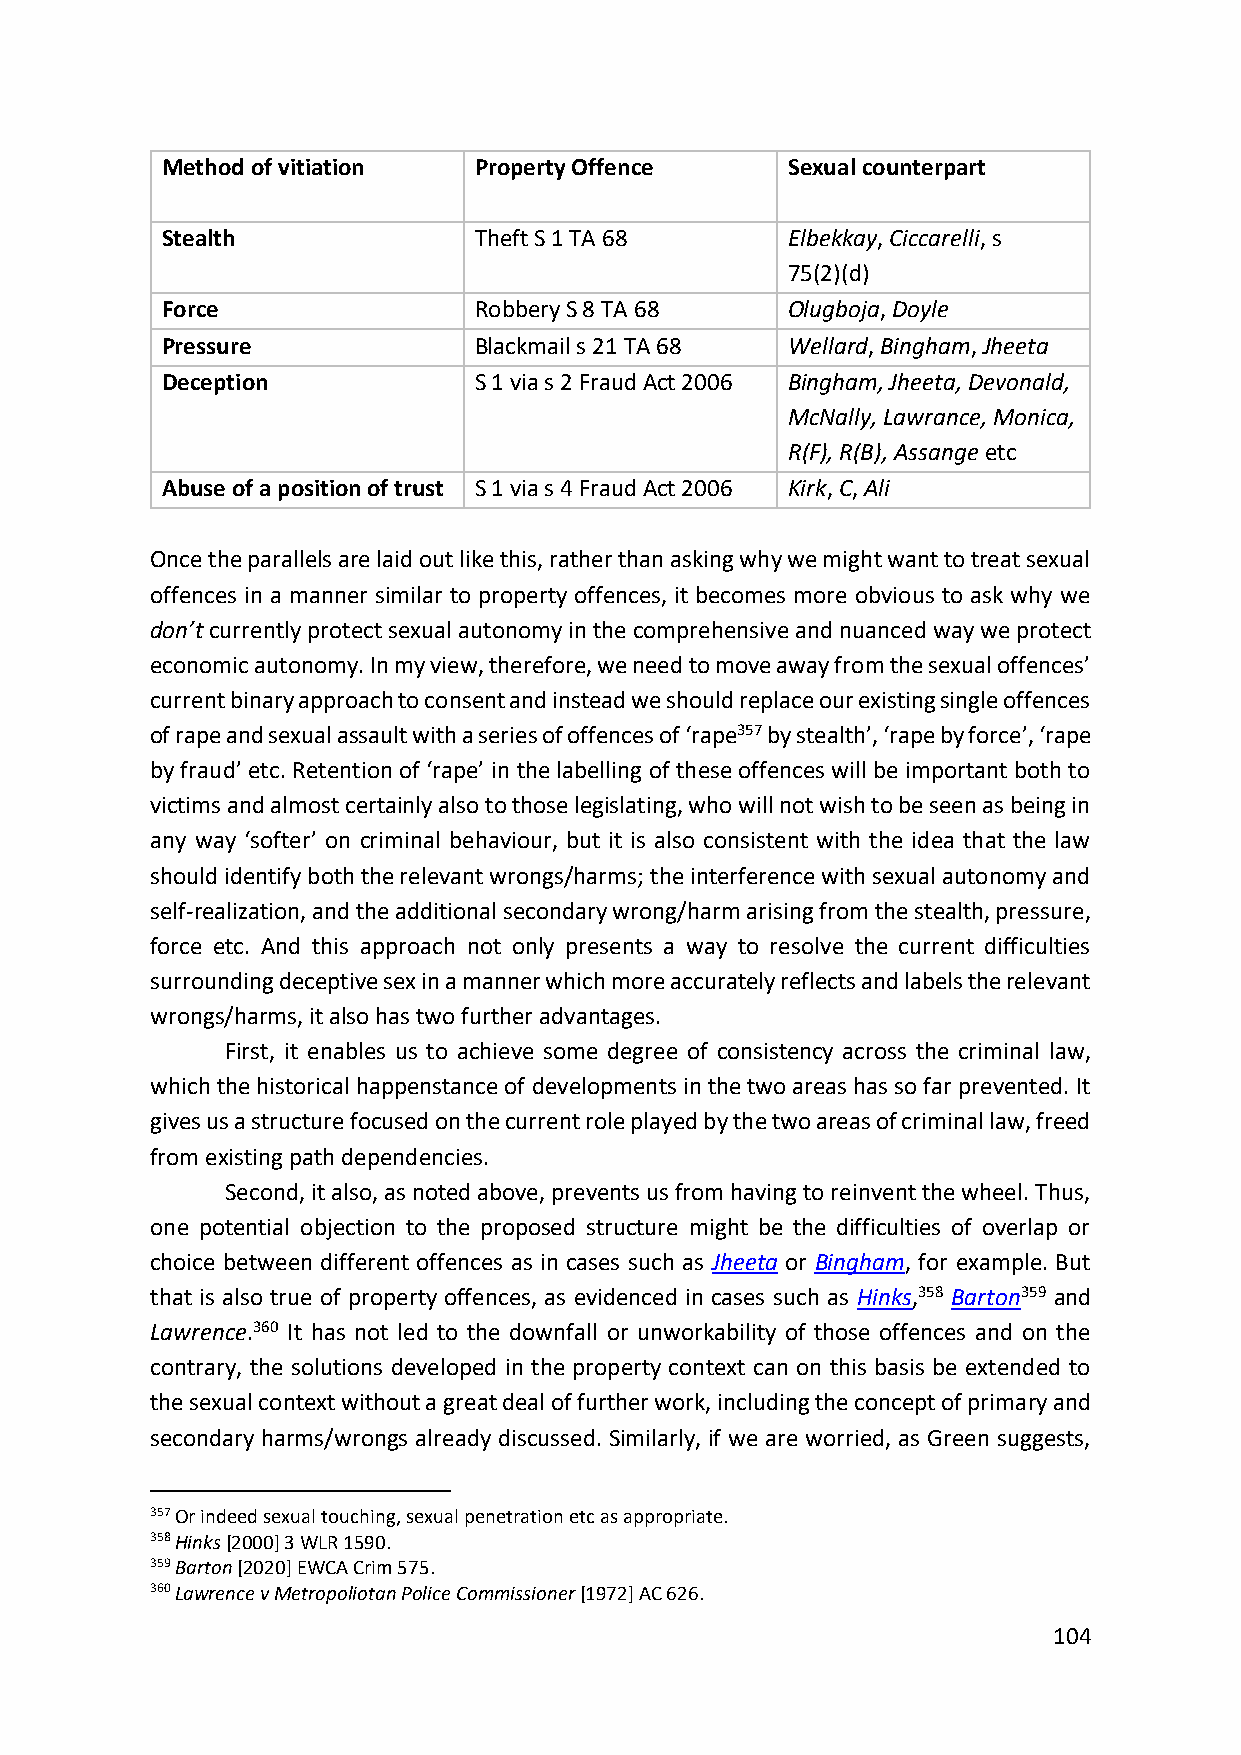
Method of vitiation Property Offence     Sexual counterpart
 Stealth             Theft S 1 TA 68      Elbekkay, Ciccarelli, s
 75(2)(d)
 Force               Robbery S 8 TA 68    Olugboja, Doyle
 Pressure            Blackmail s 21 TA 68 Wellard, Bingham, Jheeta
 Deception           S 1 via s 2 Fraud Act 2006 Bingham, Jheeta, Devonald,
 McNally, Lawrance, Monica,
 R(F), R(B), Assange etc
 Abuse of a position of trust S 1 via s 4 Fraud Act 2006 Kirk, C, Ali
 Once the parallels are laid out like this, rather than asking why we might want to treat sexual
 offences in a manner similar to property offences, it becomes more obvious to ask why we
 don’t currently protect sexual autonomy in the comprehensive and nuanced way we protect
 economic autonomy. In my view, therefore, we need to move away from the sexual offences’
 current binary approach to consent and instead we should replace our existing single offences
 of rape and sexual assault with a series of offences of ‘rape357 by stealth’, ‘rape by force’, ‘rape
 by fraud’ etc. Retention of ‘rape’ in the labelling of these offences will be important both to
 victims and almost certainly also to those legislating, who will not wish to be seen as being in
 any way ‘softer’ on criminal behaviour, but it is also consistent with the idea that the law
 should identify both the relevant wrongs/harms; the interference with sexual autonomy and
 self-realization, and the additional secondary wrong/harm arising from the stealth, pressure,
 force etc. And this approach not only presents a way to resolve the current difficulties
 surrounding deceptive sex in a manner which more accurately reflects and labels the relevant
 wrongs/harms, it also has two further advantages.
 First, it enables us to achieve some degree of consistency across the criminal law,
 which the historical happenstance of developments in the two areas has so far prevented. It
 gives us a structure focused on the current role played by the two areas of criminal law, freed
 from existing path dependencies.
 Second, it also, as noted above, prevents us from having to reinvent the wheel. Thus,
 one potential objection to the proposed structure might be the difficulties of overlap or
 choice between different offences as in cases such as Jheeta or Bingham, for example. But
 that is also true of property offences, as evidenced in cases such as Hinks,358 Barton359 and
 Lawrence.360 It has not led to the downfall or unworkability of those offences and on the
 contrary, the solutions developed in the property context can on this basis be extended to
 the sexual context without a great deal of further work, including the concept of primary and
 secondary harms/wrongs already discussed. Similarly, if we are worried, as Green suggests,
 357 Or indeed sexual touching, sexual penetration etc as appropriate.
 358 Hinks [2000] 3 WLR 1590.
 359 Barton [2020] EWCA Crim 575.
 360 Lawrence v Metropoliotan Police Commissioner [1972] AC 626.
 104